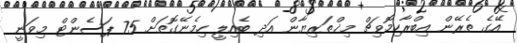
އޭގެ ތެރޭން އިބްރާހިމޮވިޗް މިޚްތަރިޔާން އަދި ބެއިލީ ހިމެނޭގޮތަށް 75 ޕަސެންޓް މިވަނީ